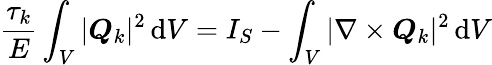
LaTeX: \frac{\tau_{k}}{E}\int_{V}|\boldsymbol{Q}_{k}|^{2}\, \mathrm{d}V=I_{S}-\int_{V}|\nabla\times\boldsymbol{Q}_{k}|^{2}\, \mathrm{d}V